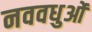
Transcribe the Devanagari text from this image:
नववधुओं